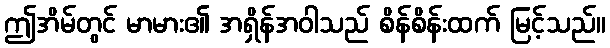
ဤအိမ်တွင် မာမား၏ အရှိန်အဝါသည် စိန်စိန်းထက် မြင့်သည်။